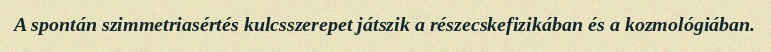
A spontán szimmetriasértés kulcsszerepet játszik a részecskefizikában és a kozmológiában.